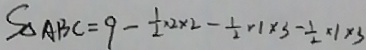
S _ { \Delta A B C } = 9 - \frac { 1 } { 2 } \times 2 \times 2 - \frac { 1 } { 2 } \times 1 \times 3 - \frac { 1 } { 2 } \times 1 \times 3